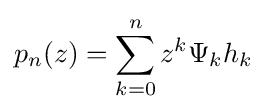
p_{n}(z)=\sum _{k=0}^{n}z^{k}\Psi _{k}h_{k}